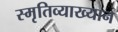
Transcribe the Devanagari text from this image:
स्मृतिव्याख्यान